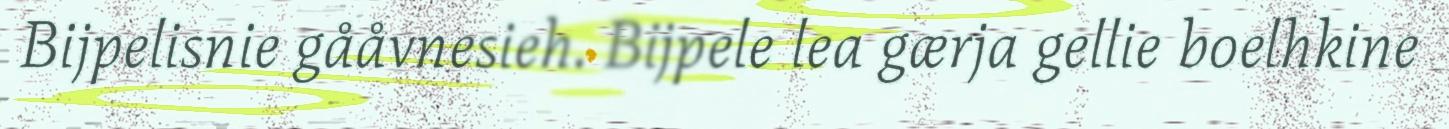
Bijpelisnie gååvnesieh. Bijpele lea gærja gellie boelhkine